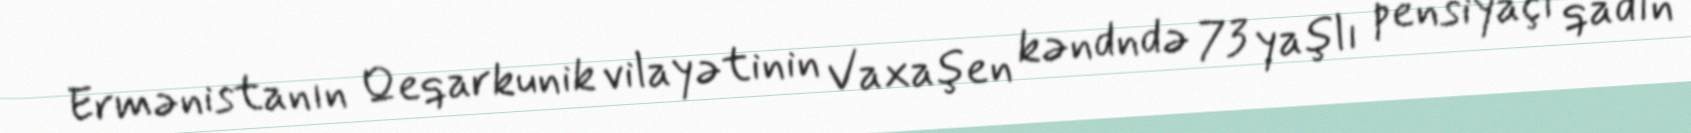
Ermənistanın Qeqarkunik vilayətinin Vaxaşen kəndndə 73 yaşlı pensiyaçı qadın